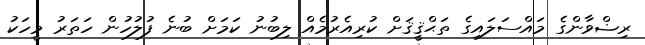
ރިޟްވާންގެ މައްސަލައިގެ ތަޙްޤީޤަށް ކުރިއެރުމެއް ލިބުނު ކަމަށް ބުނެ ފުލުހުން ހަތަރު މީހަކު